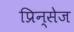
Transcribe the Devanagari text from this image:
प्रिन्सेज